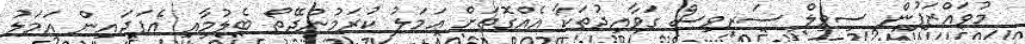
މުވައްޒަފުން ސިވިލް ސަރވިސް ގަވާއިދުތަކާ އެއްގޮތަށް ޢަމަލު ކުރަމުންދޭތޯ ބެލުމާއި އެފަދައިން އަމަލު